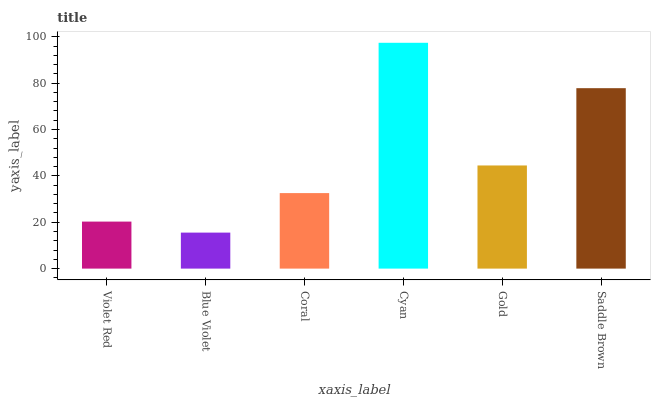
| xaxis_label | bars |
 | --- | --- |
 | Violet Red | 20.3 |
 | Blue Violet | 15.5 |
 | Coral | 32.6 |
 | Cyan | 97.4 |
 | Gold | 44.5 |
 | Saddle Brown | 77.8 |